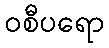
ဝစီပရော